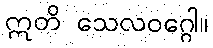
ဣတိ သေလဝဂ္ဂေါ။